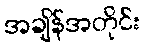
အချိန်အတိုင်း